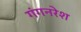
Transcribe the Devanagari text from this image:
गंगनरेश